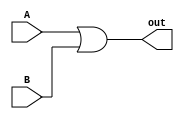
module bitwise_or #(parameter WIDTH=1)(A, B, out);
    input [WIDTH-1:0] A, B;
    output [WIDTH-1:0] out;

    genvar i;
    generate
        for (i = 0; i < WIDTH; i = i + 1) begin
            or OR1(out[i], A[i], B[i]);
        end
    endgenerate
endmodule